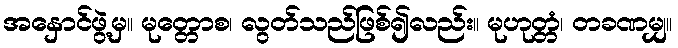
အနှောင်ဖွဲ့မှ။ မုတ္တောစ၊ လွတ်သည်ဖြစ်၍လည်း။ မုဟုတ္တံ၊ တခဏမျှ။